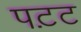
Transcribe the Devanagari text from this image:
पट़ट